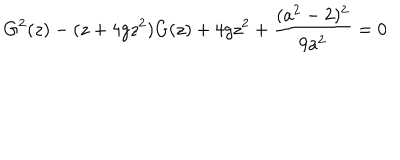
G ^ { 2 } ( z ) - ( z + 4 g z ^ { 2 } ) G ( z ) + 4 g z ^ { 2 } + { \frac { ( a ^ { 2 } - 2 ) ^ { 2 } } { 9 a ^ { 2 } } } = 0